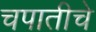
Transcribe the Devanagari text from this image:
चपातीचे